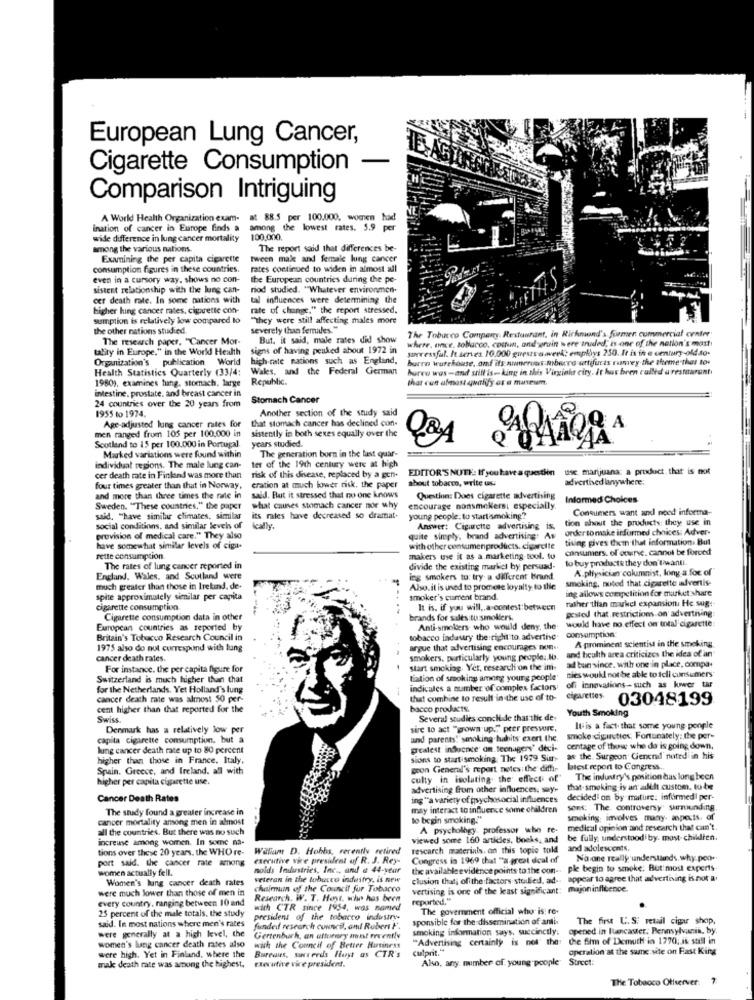
European Lung Cancer,
Cigarette Consumption
Comparison Intriguing
A World Health Organization exam-
at 88.5 per 100.000. women had
ination of cancer in Europe finds a
among the lowest rates. 5.9 per
wide difference in lung cancer mortality
100,000.
among the various nations.
The report said that differences be-
Examining the per capita cigarette
tween male and female lung cancer
consumption figures in these countries.
rates continued to widen in almost all
even in a cursory way, shows no con-
the European countries during the pe-
sistent relationship with the lung can-
riod studied. "Whatever environmen-
cer death rate. In some nations with
tal influences were determining the
higher hing cancer rates. cigarette con-
rate of change." the report stressed,
sumption is relatively low compared to
"They were still affecting males more
the other nations studied,
severely than females. "
The Tobacco Company. Restaurant, in Richmond's former commercial center
The research paper, "Cancer Mor-
But. it said, male rates did show
where. once, tobacco, comun, and wrain were traded, is one of the nation's mast
tality in Europe." in the World Health
signs of having peuked about 1972 in
surressful. It serves. 10.000 guests a wverk: employs 250. It is in e century-old so-
Organization's publication World
high-rate nations such as England,
burro warehouse, and its awwerows mbwere artifuis ramvey the theme that tos
Health Statistics Quarterly (33/4:
Wales, and the Federal German
Burro was-and still is-king in this Virginia city. It has been called a restaarunt
1980), examines fung. stomach, large
Republic.
that con almost qualify os a mineum.
intestine. prostate, and breast cancer in
Stomach Cancer
24 countries over the 20 years from
1955 to 1974.
Another section of the study said
that stomach cancer has declined con-
men ranged from 105 per 100,000 in
Age-adjusted lung cancer nites for
sistently in both sexes equally over the
Scotland to 15 per 100.000 in Portugal.
years studied.
Marked variations were found within
The generation born in the last quar-
individual regions. The male lung can-
ter of the 19th century were at high
EDITOR'S NUTH: If you have a question
EDITOR'S NOTE: If you have a question use marijuana: a product. that is not
cer death rate in Finland was more than
risk of this disease, replaced by a gen-
about tobacco, write us:
advertised lanywhere;
four times greater than that in Norway,
cration at much lower risk. the paper
and more than three times the rate in
said. But it stressed that no one knows
Question: Does cigarette advertising
Informed Choices
Sweden. "These countries," the paper
what causes stomach cancer nor why
encourage nonsmokers; especially.
Consumers want and need informa-
said. "have similar climates. similar
its rates have decreased so dramat-
young people: to start smoking?
tion ahit the products; they use in
social conditions, and similar levels of
ically.
Answer: Cigarette advertising is.
order to make informed choices: Adver-
provision of medical care." They also
quite simply, brand advertising: As
tiling gives them that information. But
have somewhat similar levels of cigar-
with other consumenproducts. cigarcite
consumers. of ourse. cannot be forced
Fette consumption.
makers use it as a.marketing-tool. to
to buy products they don'twanti.
The rates of lung cancer reported in
divide the existing markel by persuad-
A physician columnist, long a for of
England, Wales, and Scotland were
ing smokers to: try a different brand
smoking, noted that cigarette advertis-
much greater than those in Irekind, de-
Also. it is uned to promete loyalty to the
ing allows competition for market share
spite approximately similar per capita
smoker's cument brand.
rather than makel expansion. He sug :-
cigarette consumption
It is. if you will ,, a contest:between
goaled that. restrictions on advertising
Cigarette consumption data in other
brands for sales:tu smokers.
would have no effect on total cigarette
European countries as reported by
Anti-smolders who would deny, the-
Britain's Tobacco Research Council in
tobacco indaury the right to advertise
consumption
A prominent scientist in the smoking
1975 also do not correspond with lung
argue that advertising encourages non
and heulth area criticizes the idea of an
cancer death rates.
smokers, particularly young people: . W.
For instance. the per capita figure for
start smoking. Yet, research on the int
ad bun since. with one in place, compa+
Switzerland is much higher than that
tiation of smoking among young people'
Bies would not be able to tell consumers
for the Netherlands. Yet Holland's lung
indicales a number of complex factors
off innovations -- such as kower tar
cancer death rate was almost 50 per-
that combine to result in the use of to-
cigarettes.
03048199
cent higher than that reported for the
bacco products.
Youth Smoking
Swiss.
Several studies conclude that the de
Denmark has a relatively low per
sire to act "grown up."" peer pressure,
It is a fact that some young people
capita cigarette consumption, but a
and parents'' smoking habits exert the
smoke cigarettes. Fortunately: the per-
lung cancer death rate up to 80 percent
greatest induente' an teenagers' deci-
centage of those who do is going down,
higher than those in France, Italy,
sions to start smoking. The 1979 Sim
as the. Surgeon Cienend nuted in his
Spain. Greece, and Ireland. all with
goon General's report notes: the dith- biest report to Congress ..
higher per capita cigarette use.
culty in isolating the effect of"
The industry's position das long been
advertising from other influences. say-
that-smoking is an alth custom, to be
Cancer Death Rates
ing "a variety of psychosocial influences
decided' on by mature: informed | per-
The study found a greater increase in
may interact to influence some children
sons: The. controversy' surrounding.
cancer mortality among men in almost
to begin smoking."
smoking; involves many aspects, of
all the countries. But there was no such
A psychology. professor who re-
medical opinion and research that can't.
increuse among women. In some na-
viewed some 160 articles, boeks, and be fully, understood by. most- childlien.
tions over these 20 years. the WHO re-
Wallam D. Hobbs, rerenthe retired
rescarch materials, on this topic told
and adolescents,
port said. the cancer rate among
executive vice president of R. J. Rey-
Congress in 1969 that "a great deal of
No one really understands. why.poo.
women actually fell.
nolds Industries, Inc ., and a 44-year
the available evidence points to the con- ple begin to smoke; But most experts
ple begin to smoke; But most experts.
Women's lung cancer death rates
veteran in the tobacco industry, is new
clusion that; off the factors. studied, ad. appear to agree that advertising is not a.
were much lower than those of men in
chaimuin of the Council for Tobacco
vertising is one of the least significant: majoninfluence.
: majoninfluence.
every country, ranging between 10 and
Research. W. T. Hoyt, who has been
reported.".
with CTR since 1954, was named
The government official who is: re-
25 percent of the male totals, the study
president of the tobacco industry
sponsible for the dissemination of anti
The first U. S. retail cigar shop,
were generally at a high level, the
said. In most nations where men's rates
funded research council, ont Robert F.
smoking infomation says, succinctly.
opened in lancaster, Pennsylvania, by
Gertenbuch, an attorney most recently
"Advertising certainly is not' the: the film of Demuth in 1770; is still in
women's lung cancer death rates also
with the Council of Better Business
culprit."
operation at the same vite on Fast King
were high. Yet in Finland, where the
Bureaus, succeeds Hiuyt as CTR's
Also, any. number of young people" Street:
mak death rate was among the highest,
Executive vice president.
The Tobacco Otiserver: 7: